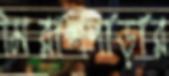
মিরাশপাড়ার